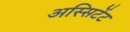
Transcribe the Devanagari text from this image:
अस्सिटेंट